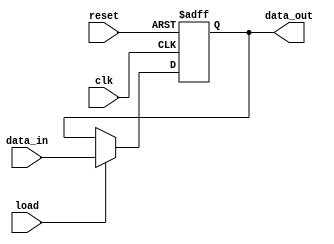
`timescale 1ns / 1ps
//////////////////////////////////////////////////////////////////////////////////
// Company: 
// Engineer: 
// 
// Design Name: 
// Module Name: register
// Project Name: 
// Target Devices: 
// Tool Versions: 
// Description: 
// 
// Dependencies: 
// 
// Revision:
// Revision 0.01 - File Created
// Additional Comments:
// 
//////////////////////////////////////////////////////////////////////////////////


module register(clk, reset, data_in, load, data_out

    );
    input clk, reset;
    output[7:0] data_out;
    input [7:0] data_in;
    input load;
    
    reg [7:0] data_out;
    
    always @(posedge clk, posedge reset)
    begin
      if (reset)
        data_out <= 0;
      else if (load)
        data_out <= data_in;
      else
        data_out <= data_out;
    end
    
    
endmodule